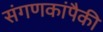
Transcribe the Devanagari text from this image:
संगणकांपैकी